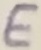
Text: E